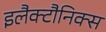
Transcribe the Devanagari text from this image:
इलैक्टौनिक्स